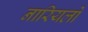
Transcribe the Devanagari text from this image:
नारियलों